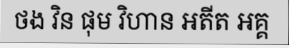
ថង វិន ផុម វិហាន អតីត អគ្គ